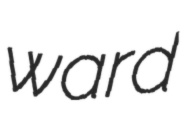
ward